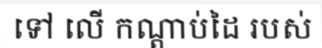
ទៅ លើ កណ្តាប់ដៃ របស់